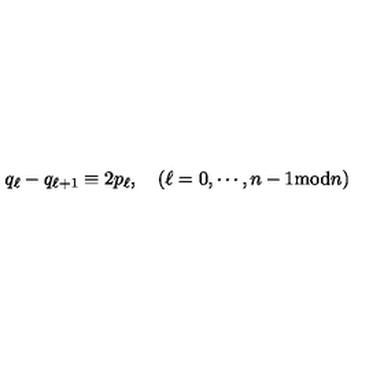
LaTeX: q _ { \ell } - q _ { \ell + 1 } \equiv 2 p _ { \ell } , \quad ( \ell = 0 , \cdots , n - 1 \mathrm { m o d } n )